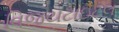
વિજયટાઇટલ